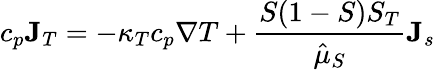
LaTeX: c_{p}{\mathbf J}_{T}=-\kappa_{T}c_{p}\nabla T+\frac{S(1-S)S_{T}}{\hat{\mu}_{S}}{\mathbf J}_{s}